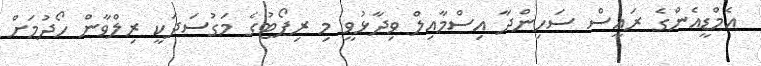
އެމްޑީއެންގެ ރައީސް ސަހިންދާ އިސްމާއިލް ވިދާޅުވީ މި ރިޕޯޓުގެ މަގުސަދަކީ ރިލްވާން ހޯދުމަށް